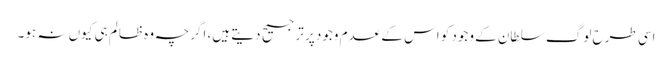
اسی طرح لوگ سلطان کے وجود کو اس کے عدم وجود پر ترجیح دیتے ہیں، اگرچہ وہ ظالم ہی کیوں نہ ہو۔